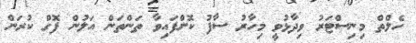
ހެލްތް މިނިސްޓަރު ވިދާޅުވީ މިހާރު ސާފު ކޮށްފައިވާ ތަންތަން އަލުން ފޮގް ކުރަން